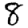
Digit: 8